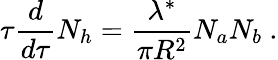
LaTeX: \tau{\frac{d}{d\tau}}N_{h}={\frac{\lambda^{*}}{\pi R^{2}}}N_{a}N_{b}\ .